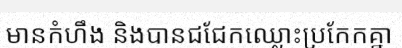
មានកំហឹង និងបានជជែកឈ្លោះប្រកែកគ្នា